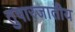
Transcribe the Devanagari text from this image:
तुषारजातीय